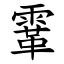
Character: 䨣